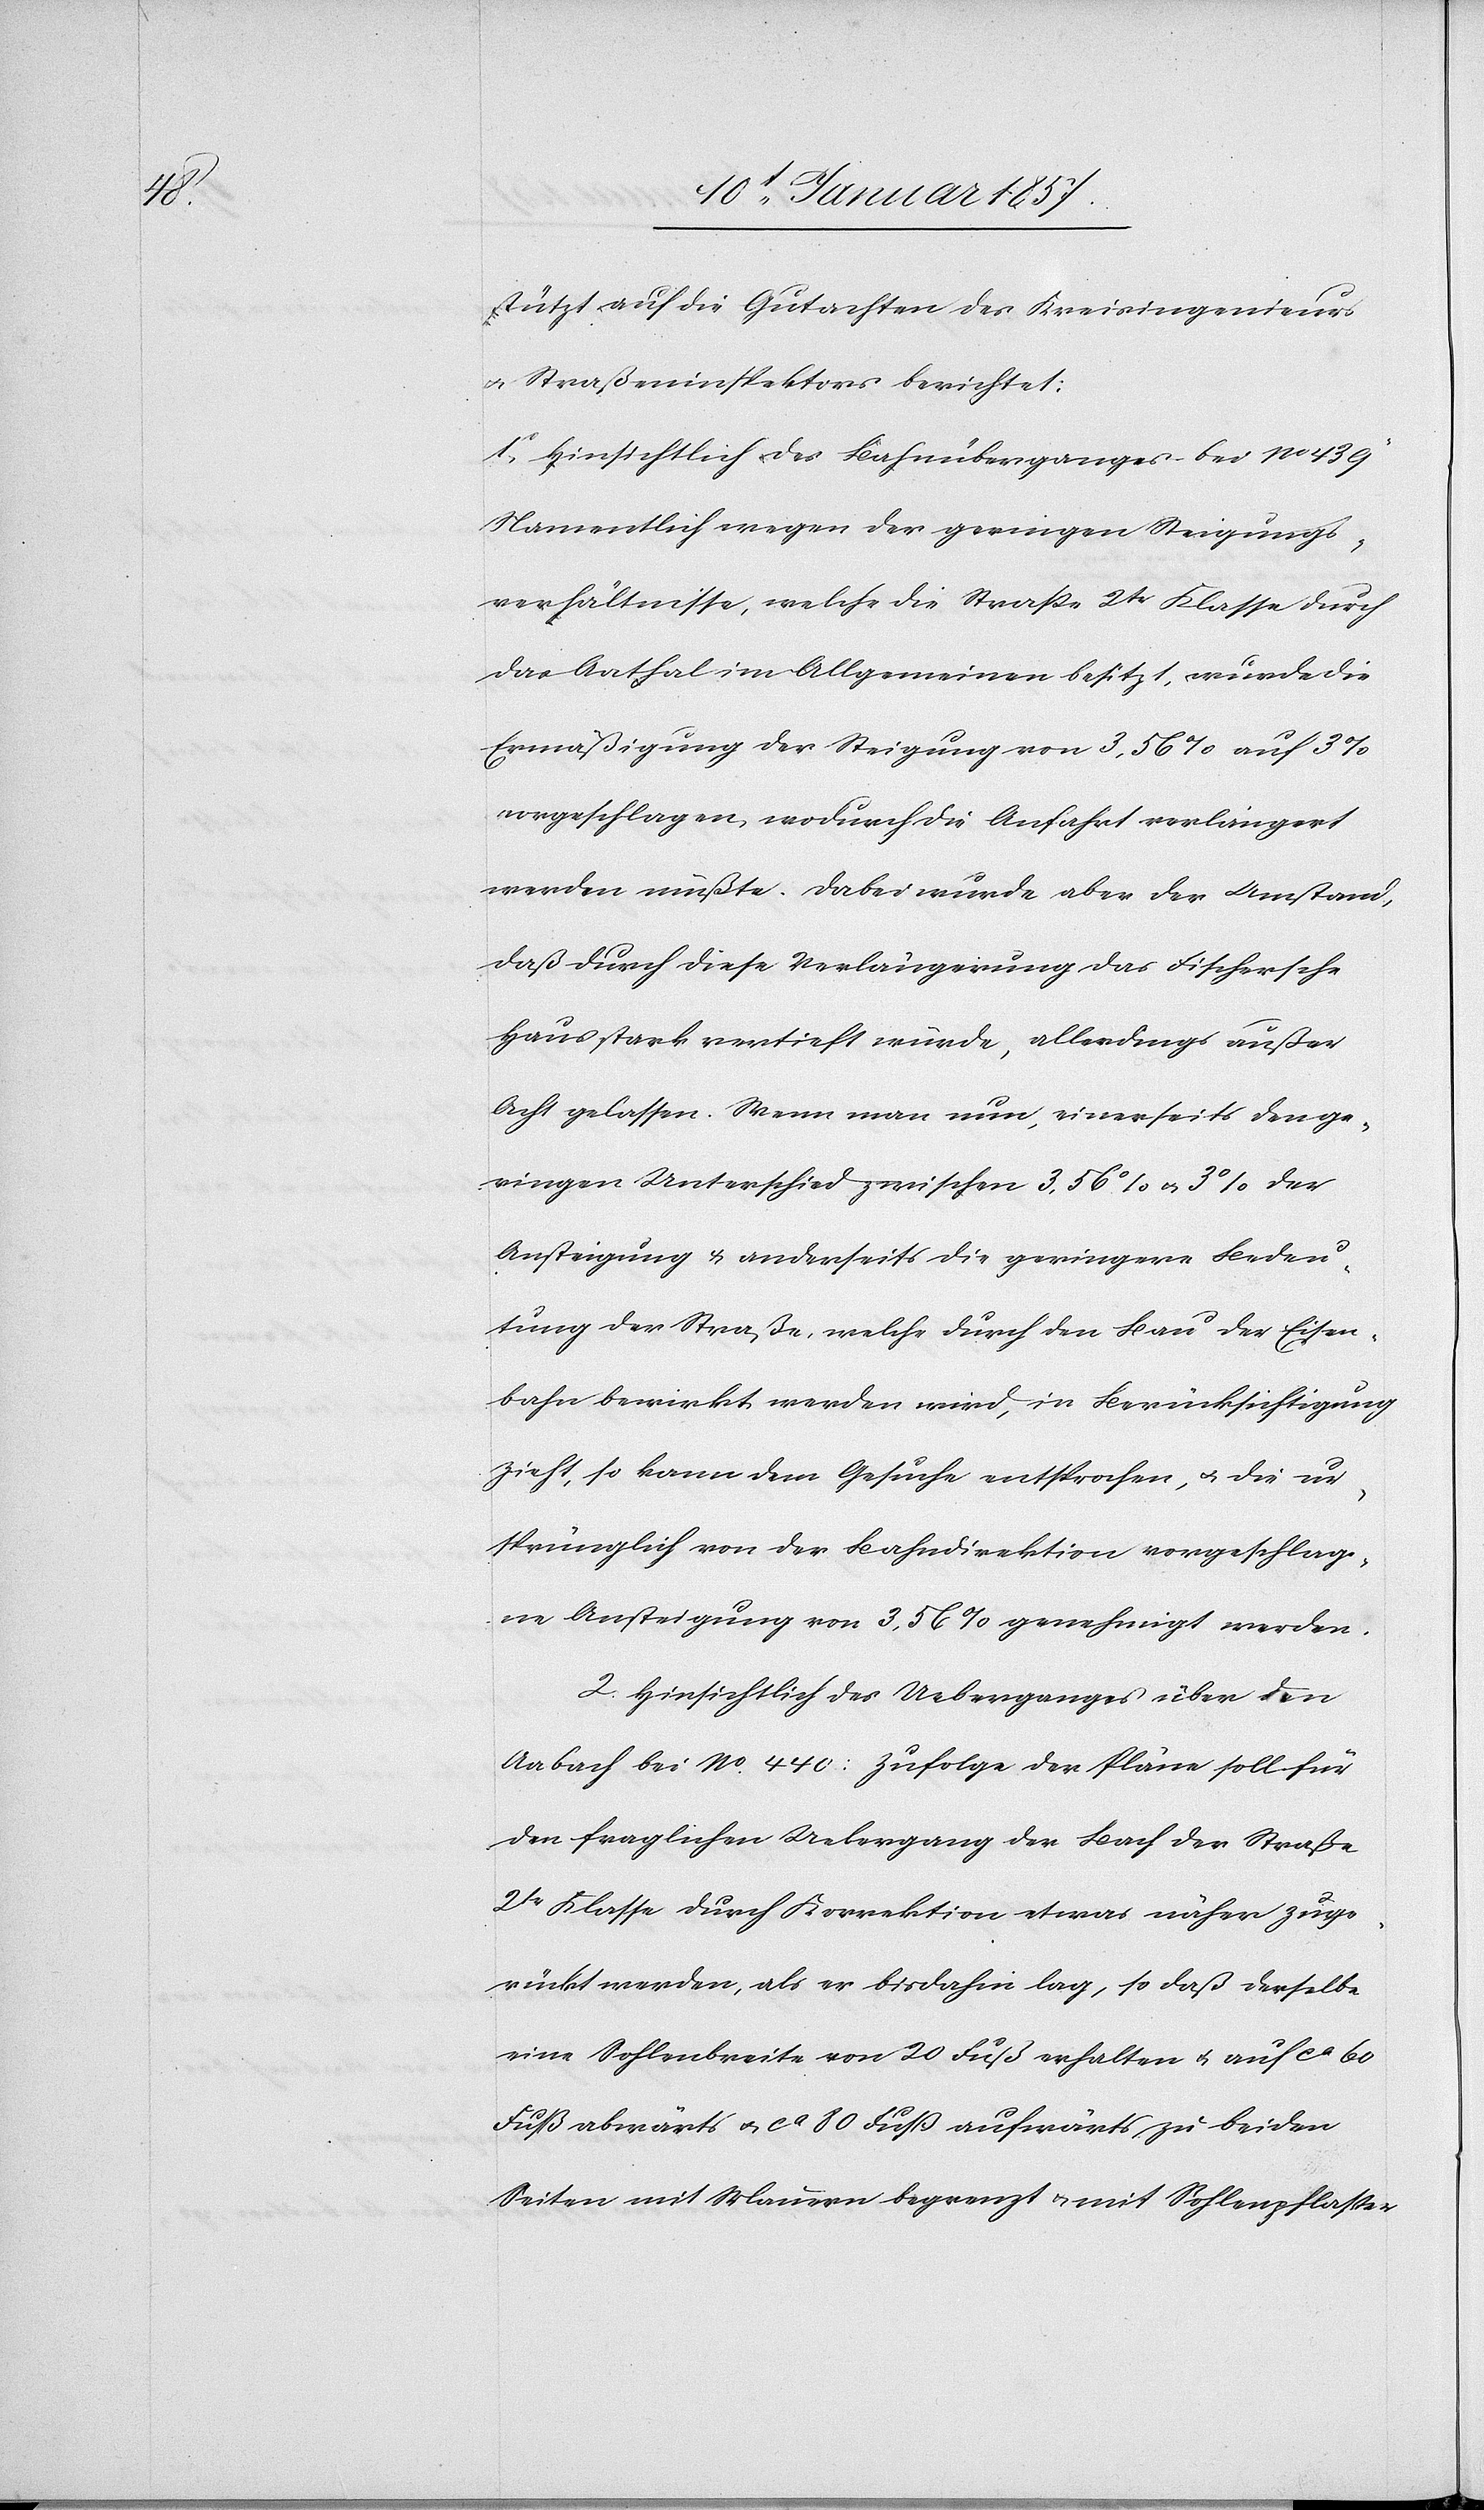
stützt auf die Gutachten des Kreisingenieurs
u. Straßeninspektors berichtet:
1. Hinsichtlich des Bahnüberganges bei No
Namentlich wegen des geringen Steigungs¬
verhältnisse, welche die Straße 2te Klasse durch
das Aathal im Allgemeinen besitzt, wurde die
Ermäßigung der Steigung von 3,56 % auf 3
wegeschlagen, wodurch die Anfahrt verlängert
werden mußte. Dabei wurde aber der Umstand,
daß durch diese Verlängerung das Fischersche
Haus stark vertieft würde, allerdings außer
Acht gelassen. Wenn man nun, einerseits den ge¬
ringen Unterschied zwischen 3,56 % & 3 % der
Ansteigung & anderseits die geringere Bedeu¬
tung der Straße, welche durch den Bau der Eisen¬
bahn bewirkt werden wird, in Berücksichtigung
zieht, so kann dem Gesuch entsprochen, u. die ur¬
sprünglich von der Bahndirektion vorgeschlage¬
ne Ansteigung von 3,56 % genehmigt werden.
2. Hinsichtlich des Ueberganges über den
Aabach bei No. 440: Zufolge der Pläne soll für
den fraglichen Uebergang der Bach der Straße
2te Klasse durch Korrektion etwas näher zuge¬
rückt werden, als er bisdahin lag, so daß derselbe
eine Sohlenbreite von 20 Fuß erhalten u. auf ca 60
Fuß abwärts u. ca 80 Fuß aufwärts zu beiden
Seiten mit Mauern begrenzt u. mit Sohlenpflaster